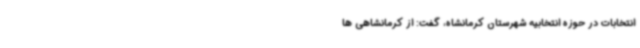
انتخابات در حوزه انتخابیه شهرستان کرمانشاه، گفت: از کرمانشاهی ها